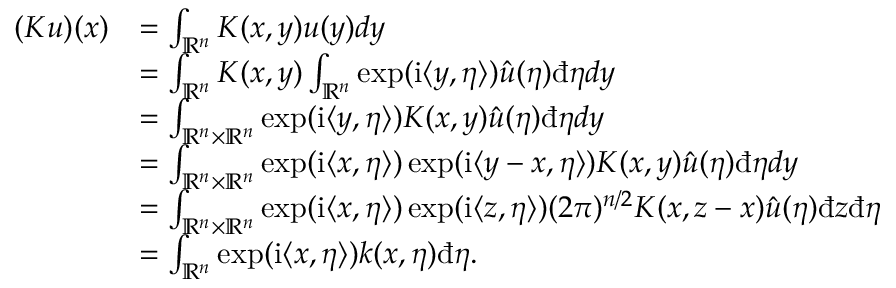
\begin{array} { r l } { ( K u ) ( x ) } & { = \int _ { \mathord { \mathbb { R } } ^ { n } } K ( x , y ) u ( y ) d y } \\ & { = \int _ { \mathord { \mathbb { R } } ^ { n } } K ( x , y ) \int _ { \mathord { \mathbb { R } } ^ { n } } \exp ( \mathord { \mathrm { i } } \langle y , \eta \rangle ) \hat { u } ( \eta ) \mathrm { \dj } \eta d y } \\ & { = \int _ { \mathord { \mathbb { R } } ^ { n } \times \mathord { \mathbb { R } } ^ { n } } \exp ( \mathord { \mathrm { i } } \langle y , \eta \rangle ) K ( x , y ) \hat { u } ( \eta ) \mathrm { \dj } \eta d y } \\ & { = \int _ { \mathord { \mathbb { R } } ^ { n } \times \mathord { \mathbb { R } } ^ { n } } \exp ( \mathord { \mathrm { i } } \langle x , \eta \rangle ) \exp ( \mathord { \mathrm { i } } \langle y - x , \eta \rangle ) K ( x , y ) \hat { u } ( \eta ) \mathrm { \dj } \eta d y } \\ & { = \int _ { \mathord { \mathbb { R } } ^ { n } \times \mathord { \mathbb { R } } ^ { n } } \exp ( \mathord { \mathrm { i } } \langle x , \eta \rangle ) \exp ( \mathord { \mathrm { i } } \langle z , \eta \rangle ) ( 2 \pi ) ^ { n / 2 } K ( x , z - x ) \hat { u } ( \eta ) \mathrm { \dj } z \mathrm { \dj } \eta } \\ & { = \int _ { \mathord { \mathbb { R } } ^ { n } } \exp ( \mathord { \mathrm { i } } \langle x , \eta \rangle ) k ( x , \eta ) \mathrm { \dj } \eta . } \end{array}